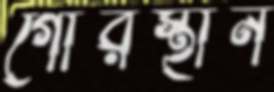
গোরস্থান